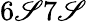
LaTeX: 6\mathscr{S}7\mathscr{S}